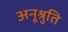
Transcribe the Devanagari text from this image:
अनूश्रुति